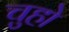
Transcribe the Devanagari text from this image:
चुहो